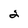
Character: 2